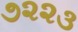
૭૨૨૩